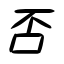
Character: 否